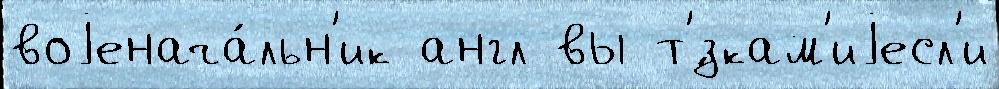
воjенача́льн'ик англ вы т'́зкам'иjесл'и